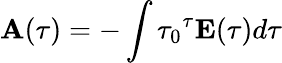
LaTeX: {\mathbf A}(\tau)=-\int{\tau_{0}}^{\tau}{\mathbf E(\tau)}d\tau